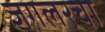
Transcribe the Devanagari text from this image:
जगलरचा